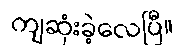
ကျဆုံးခဲ့လေပြီ။